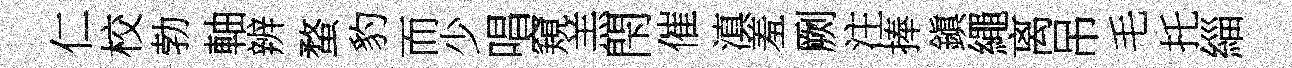
仁校勃軸辨蝥豹而少唱窺羔閇催滇羞劂注捧鎭繩离吊毛托緇